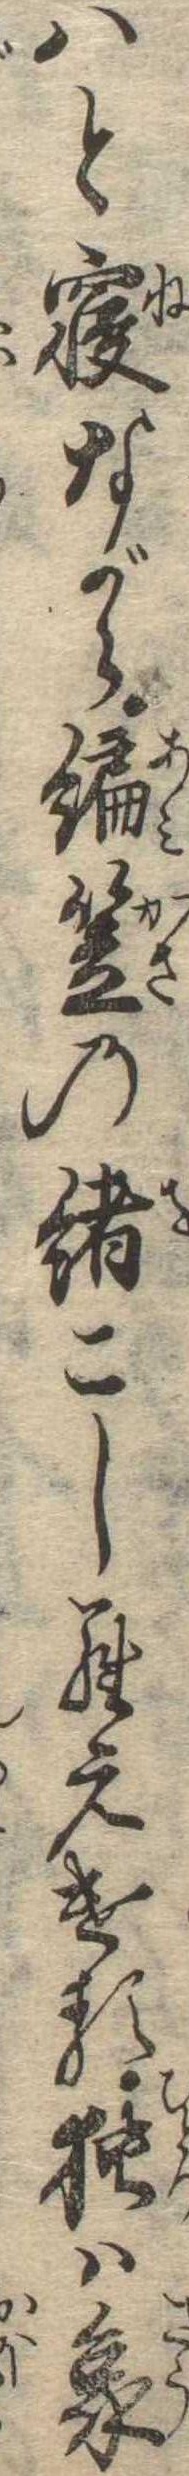
はと寝ながら編笠の緒こしらえける独は象